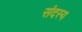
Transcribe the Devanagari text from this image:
संदस्य